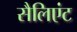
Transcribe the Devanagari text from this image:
सैलिएंट